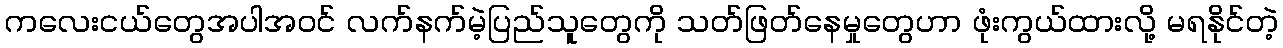
ကလေးငယ်တွေအပါအဝင် လက်နက်မဲ့ပြည်သူတွေကို သတ်ဖြတ်နေမှုတွေဟာ ဖုံးကွယ်ထားလို့ မရနိုင်တဲ့